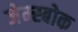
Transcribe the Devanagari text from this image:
जेम्स्बोक